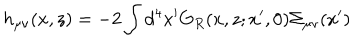
h _ { \mu \nu } ( x , z ) = - 2 \int d ^ { 4 } x ^ { \prime } G _ { R } ( x , z ; x ^ { \prime } , 0 ) \Sigma _ { \mu \nu } ( x ^ { \prime } )